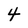
Character: 4